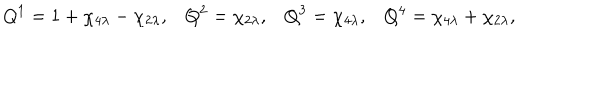
LaTeX: Q ^ { 1 } = 1 + \chi _ { 4 \lambda } - \chi _ { 2 \lambda } , \, \, \, \, \, Q ^ { 2 } = \chi _ { 2 \lambda } , \, \, \, \, \, Q ^ { 3 } = \chi _ { 4 \lambda } , \, \, \, \, \, Q ^ { 4 } = \chi _ { 4 \lambda } + \chi _ { 2 \lambda } ,